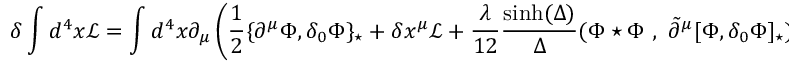
\delta \int d ^ { 4 } x \mathcal { L } = \int d ^ { 4 } x \partial _ { \mu } \left( \frac 1 2 \{ \partial ^ { \mu } \Phi , \delta _ { 0 } \Phi \} _ { \star } + \delta x ^ { \mu } \mathcal { L } + \frac { \lambda } { 1 2 } \frac { \sinh ( \Delta ) } { \Delta } ( \Phi \star \Phi ~ , ~ \tilde { \partial } ^ { \mu } [ \Phi , \delta _ { 0 } \Phi ] _ { \star } ) \right) .